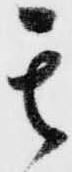
其